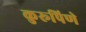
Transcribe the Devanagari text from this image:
कुरूपिणे